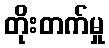
တိုးတက်မှု